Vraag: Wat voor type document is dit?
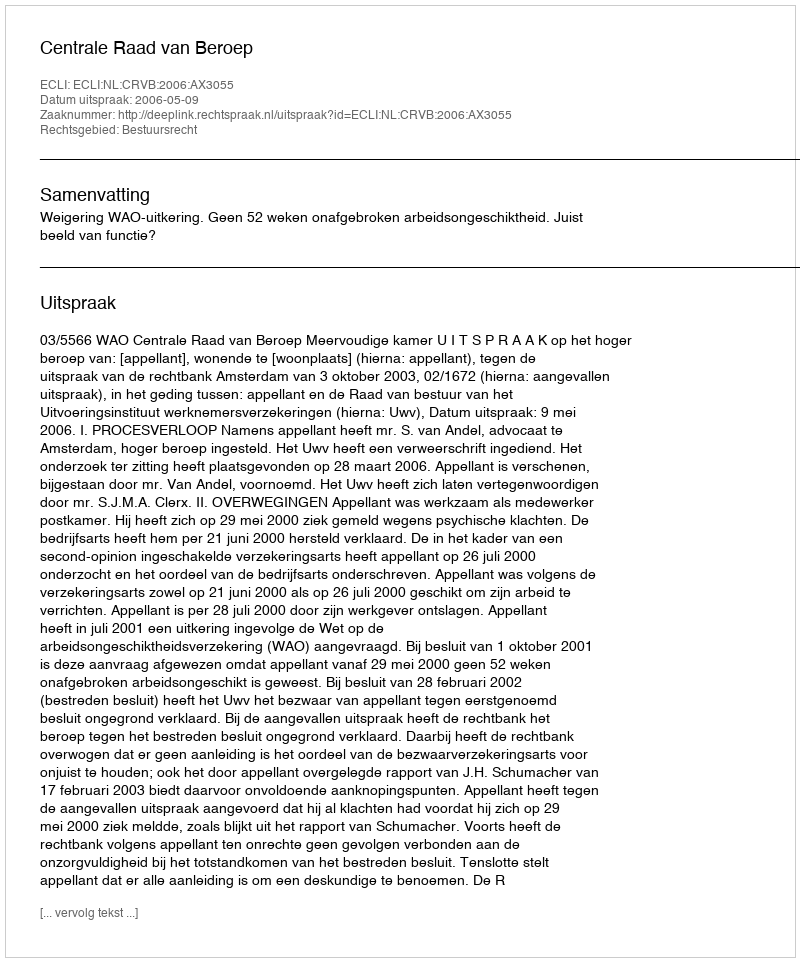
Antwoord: Uitspraak